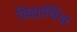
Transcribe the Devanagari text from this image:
विद्यार्थिना